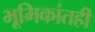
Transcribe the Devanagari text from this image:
भूमिकांतही